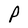
Character: P